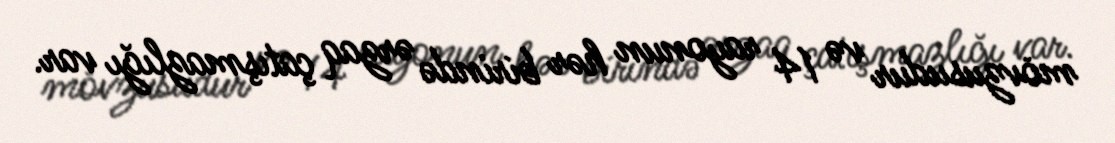
mövzusudur və 14 rayonun hər birində ərzaq çatışmazlığı var.